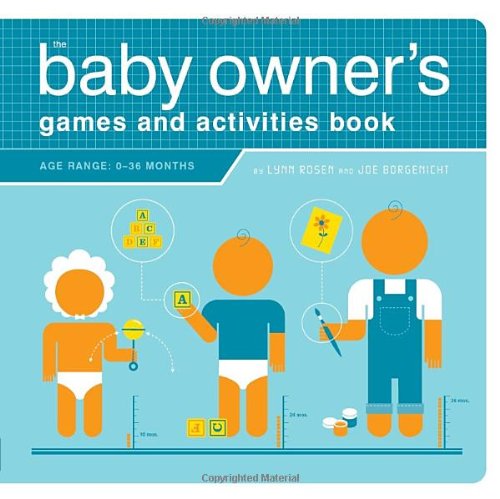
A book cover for The Baby Owner's Games and Activities Book (Owner's and Instruction Manual); Lynn Rosen; Parenting & Relationships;